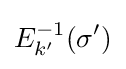
E_{k'}^{-1}(\sigma ')